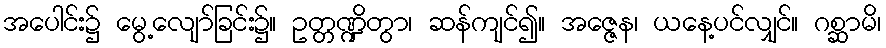
အပေါင်း၌ မွေ့လျော်ခြင်း၌။ ဥတ္တဏ္ဍိတွာ၊ ဆန်ကျင်၍။ အဇ္ဇေန၊ ယနေ့ပင်လျှင်။ ဂစ္ဆာမိ၊